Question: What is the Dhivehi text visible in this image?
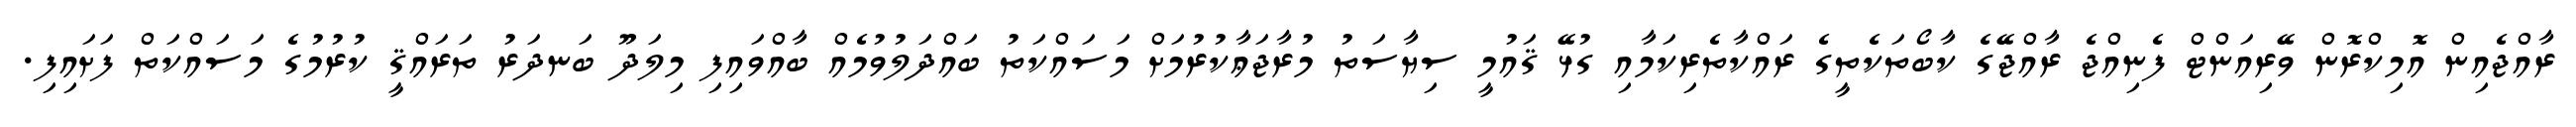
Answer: ރާއްޖެއިން އޮމިކްރޮން ވޭރިއަންޓް ފެނިއްޖެ ރާއްޖޭގެ ކާބޯތަކެތީގެ ރައްކާތެރިކަމާއި ގުޅޭ ޤައުމީ ސިޔާސަތު މުރާޖަޢާކުރުމަށް މަސައްކަތު ބައްދަލުވުމެއް ބާއްވައިފި މިލަދޫ ބަނދަރު ތަރައްޤީ ކުރުމުގެ މަސައްކަތް ފަށައިފި.